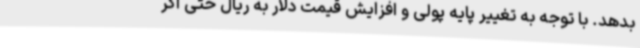
بدهد. با توجه به تغییر پایه پولی و افزایش قیمت دلار به ریال حتی اگر